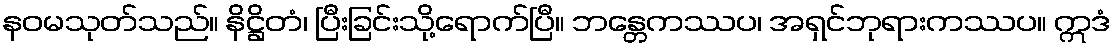
နဝမသုတ်သည်။ နိဋ္ဌိတံ၊ ပြီးခြင်းသို့ရောက်ပြီ။ ဘန္တေကဿပ၊ အရှင်ဘုရားကဿပ။ ဣဒံ